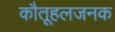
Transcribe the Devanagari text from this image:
कौतूहलजनक